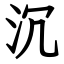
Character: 沉